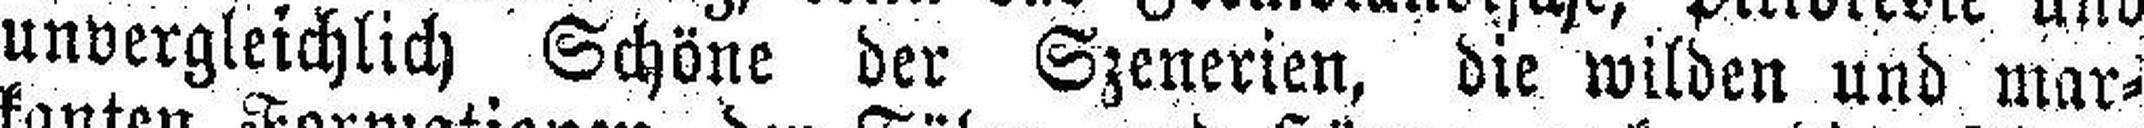
unvergleichlich Schöne der Szenerien, die wilden und mar¬